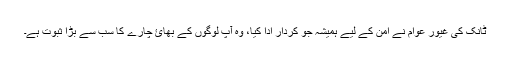
ٹانک کی غیور عوام نے امن کے لیے ہمیشہ جو کردار ادا کیا، وہ آپ لوگوں کے بھائ چارے کا سب سے بڑا ثبوت ہے۔